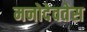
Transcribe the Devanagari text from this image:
मनोदेवतेस